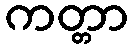
ကတ္တာ